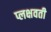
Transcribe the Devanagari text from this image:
प्लक्षवती